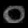
Digit: ၀